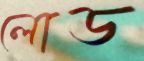
লোড